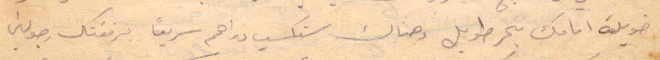
طويلة اماك بحر طويل وهناك ستكسب دراهم سريعًا برفقتك رجولين